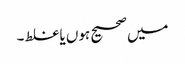
میں صحیح ہوں یا غلط ۔